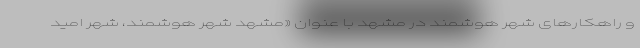
و راهکارهای شهر هوشمند در مشهد با عنوان «مشهد شهر هوشمند، شهر امید